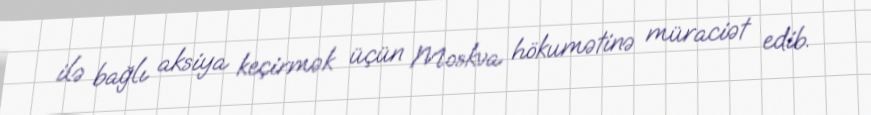
ilə bağlı aksiya keçirmək üçün Moskva hökumətinə müraciət edib.